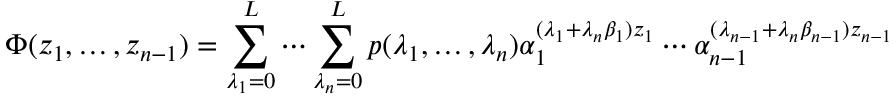
\Phi ( z _ { 1 } , \ldots , z _ { n - 1 } ) = \sum _ { \lambda _ { 1 } = 0 } ^ { L } \cdots \sum _ { \lambda _ { n } = 0 } ^ { L } p ( \lambda _ { 1 } , \ldots , \lambda _ { n } ) \alpha _ { 1 } ^ { ( \lambda _ { 1 } + \lambda _ { n } \beta _ { 1 } ) z _ { 1 } } \cdots \alpha _ { n - 1 } ^ { ( \lambda _ { n - 1 } + \lambda _ { n } \beta _ { n - 1 } ) z _ { n - 1 } }